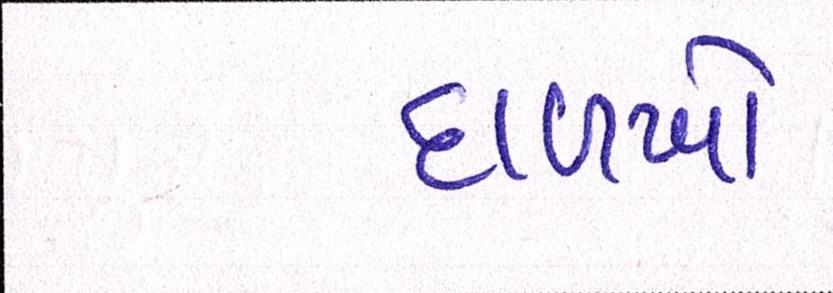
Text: દાળખો